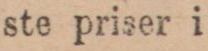
ste priser i